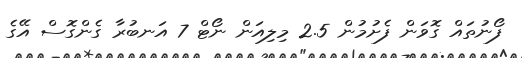
ފޯނުތައް ގޮވަން ފެށުމުން 2.5 މިލިއަން ނޯޓް 7 އަނބުރާ ގެންގޮސް އޭގެ